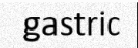
gastric